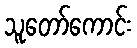
သူတော်ကောင်း